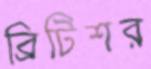
ব্রিটিশর